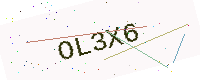
Text: OL3X6